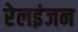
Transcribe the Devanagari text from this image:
रेलइंजन